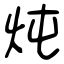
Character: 炖